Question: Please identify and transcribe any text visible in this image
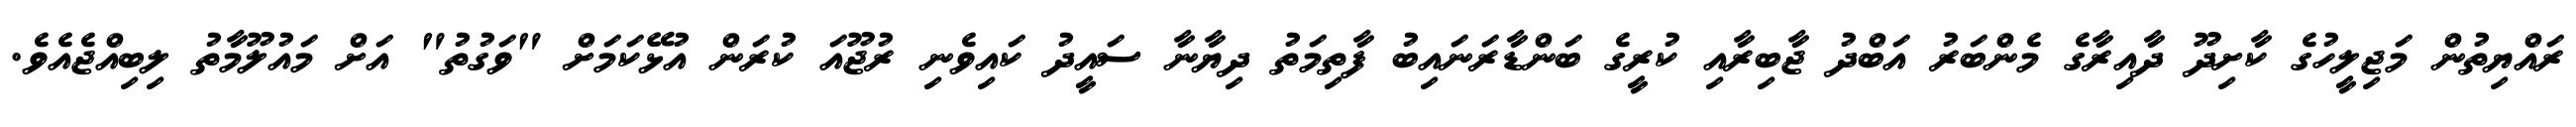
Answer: ރައްޔިތުން މަޖިލީހުގެ ކާށިދޫ ދާއިރާގެ މެންބަރު އަބްދު ޖާބިރާއި ކުރީގެ ބަންޑާރަނައިބު ފާތިމަތު ދިޔާނާ ސައީދު ކައިވެނި ރުޖޫއަ ކުރަން އުޅޭކަމަށް "ވަގުތު" އަށް މައުލޫމާތު ލިބިއްޖެއެވެ.